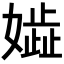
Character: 𡢋